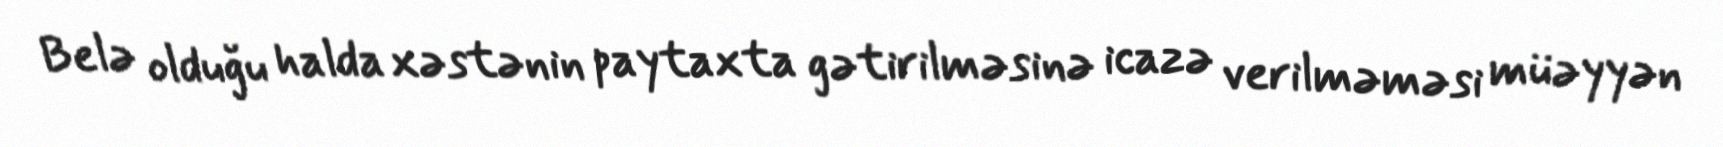
Belə olduğu halda xəstənin paytaxta gətirilməsinə icazə verilməməsi müəyyən